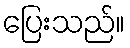
ပြေးသည်။